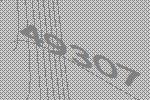
49307